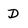
Character: D